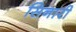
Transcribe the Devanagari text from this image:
सिनारी